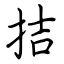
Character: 拮